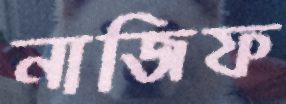
নাজিফ